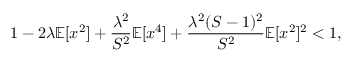
1 - 2 \lambda \mathbb { E } [ x ^ { 2 } ] + \frac { \lambda ^ { 2 } } { S ^ { 2 } } \mathbb { E } [ x ^ { 4 } ] + \frac { \lambda ^ { 2 } ( S - 1 ) ^ { 2 } } { S ^ { 2 } } \mathbb { E } [ x ^ { 2 } ] ^ { 2 } < 1 ,